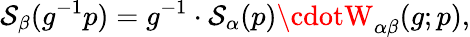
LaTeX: \mathcal{S}_{\beta}(g^{-1}p)=g^{-1}\cdot\mathcal{S}_{\alpha}(p)\cdotW_{\alpha\beta}(g;p),